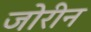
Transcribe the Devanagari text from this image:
जोरीन